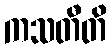
ကသတီတိ